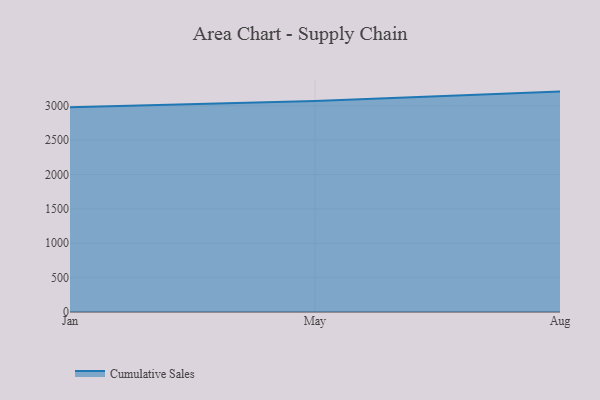
{"axis": {"x": "Month", "y": "Website Visitors"}, "legend": ["Cumulative Sales"], "data": [{"x": "Jan", "y": 2980.1, "type": "Cumulative Sales"}, {"x": "May", "y": 3068.8, "type": "Cumulative Sales"}, {"x": "Aug", "y": 3206.1, "type": "Cumulative Sales"}]}